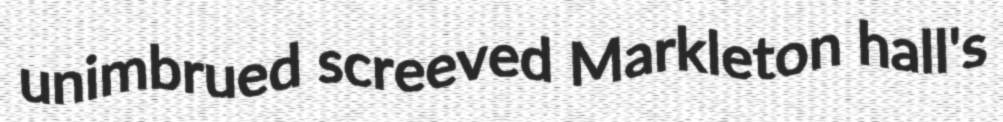
unimbrued screeved Markleton hall's